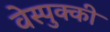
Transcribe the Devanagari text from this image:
वेस्पुक्की